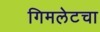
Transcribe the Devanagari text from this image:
गिमलेटचा